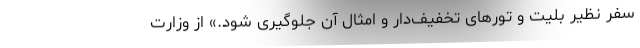
سفر نظیر بلیت و تورهای تخفیف‌دار و امثال آن جلوگیری شود.» از وزارت